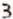
3